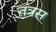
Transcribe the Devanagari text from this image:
तंत्रस